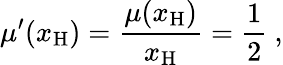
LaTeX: \mu^{\prime}(x_{\mathrm{H}})=\frac{\mu(x_{\mathrm{H}})}{x_{\mathrm{H}}}=\frac{1}{2}\ ,